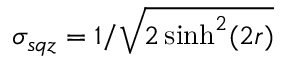
\sigma _ { s q z } = 1 / \sqrt { 2 \sinh ^ { 2 } ( 2 r ) }